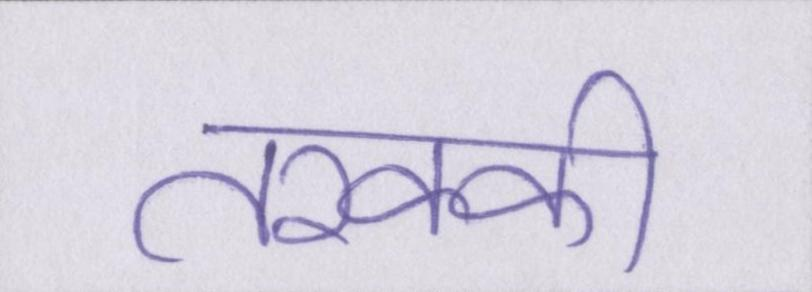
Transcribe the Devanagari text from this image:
तरक्की